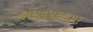
હોયવપરાશકાર